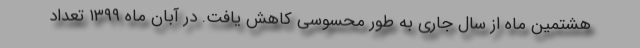
هشتمین ماه از سال جاری به طور محسوسی کاهش یافت. در آبان ماه ۱۳۹۹ تعداد